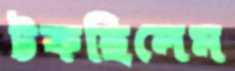
টকছিলেম